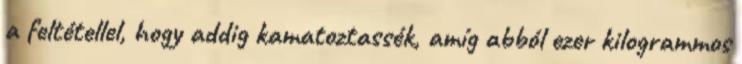
a feltétellel, hogy addig kamatoztassék, amíg abból ezer kilogrammos